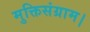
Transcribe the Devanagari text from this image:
मुक्तिसंग्राम।